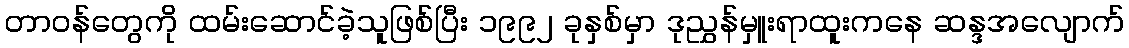
တာဝန်တွေကို ထမ်းဆောင်ခဲ့သူဖြစ်ပြီး ၁၉၉၂ ခုနှစ်မှာ ဒုညွှန်မှူးရာထူးကနေ ဆန္ဒအလျောက်